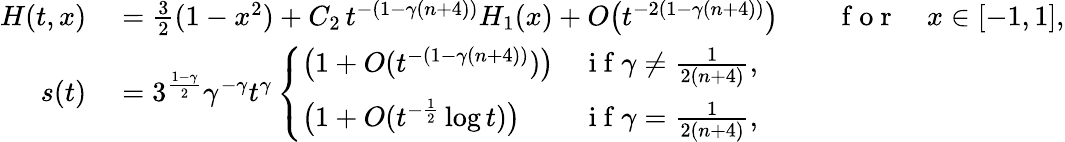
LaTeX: \begin{array}{rlrl}{H(t,x)}&{{}=\frac 32(1-x^{2})+C_{2}\, t^{-(1-\gamma(n+4))}H_{1}(x)+O\big(t^{-2(1-\gamma(n+4))}\big)}&{}&{{}\mathrm{~f~o~r~}\quad x\in[-1,1],}\\ {s(t)}&{{}=3^{\frac{1-\gamma}{2}}\gamma^{-\gamma}t^{\gamma}\left\{ \begin{array}{ll}{\big(1+O(t^{-(1-\gamma(n+4))})\big)}&{\mathrm{~i~f~}\gamma\ne\frac{1}{2(n+4)},}\\ {\big(1+O(t^{-\frac 12}\log t)\big)}&{\mathrm{~i~f~}\gamma=\frac{1}{2(n+4)},}\end{array}\right.}\end{array}